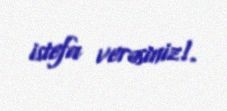
istefa verəsiniz!.